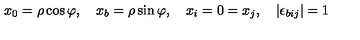
x _ { 0 } = \rho \cos \varphi , \quad x _ { b } = \rho \sin \varphi , \quad x _ { i } = 0 = x _ { j } , \quad \left| \epsilon _ { b i j } \right| = 1